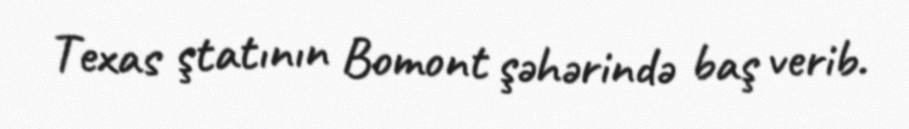
Texas ştatının Bomont şəhərində baş verib.